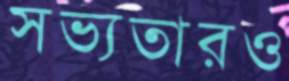
সভ্যতারও